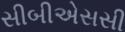
સીબીએસસી